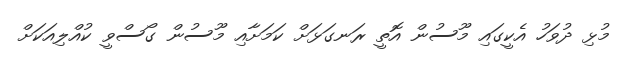
މުޅި ދުވަހު އެކީގައި މޫސުން އޮތީ ރަނގަޅަށް ކަމަށާއި މޫސުން ގޯސްވީ ކުއްލިއަކަށް